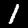
Digit: 1